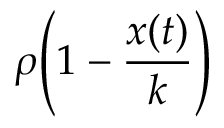
\rho { \Biggl ( } 1 - { \frac { x ( t ) } { k } } { \Biggr ) }